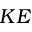
K E